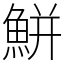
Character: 鮩